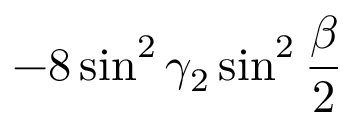
- 8 \sin ^ { 2 } \gamma _ { 2 } \sin ^ { 2 } \frac { \beta } { 2 }